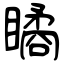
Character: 瞲